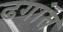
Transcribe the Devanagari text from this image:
ढगांत